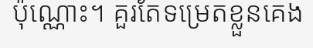
ប៉ុណ្ណោះ។ គួរតែទម្រេតខ្លួនគេង